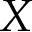
X